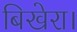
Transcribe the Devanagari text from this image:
बिखेरा।